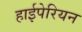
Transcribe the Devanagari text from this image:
हाईपेरियन